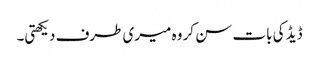
ڈیڈ کی بات سن کر وہ میری طرف دیکھتی۔